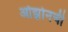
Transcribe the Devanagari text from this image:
ओझोनची